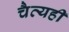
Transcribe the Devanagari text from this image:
चैत्यही